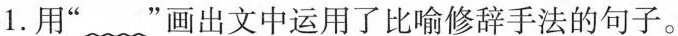
1.用“”画出文中运用了比喻修辞手法的句子。